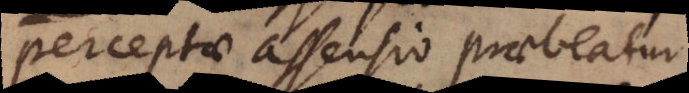
perceptae assensio praebeatur.